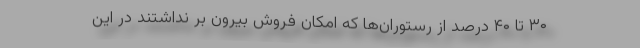
۳۰ تا ۴۰ درصد از رستوران‌ها که امکان فروش بیرون بر نداشتند در این